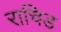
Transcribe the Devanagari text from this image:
राचिड